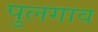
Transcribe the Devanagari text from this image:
पुलगाव